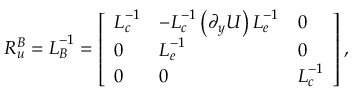
\boldsymbol { R _ { u } ^ { B } } = \boldsymbol { L } _ { \boldsymbol { B } } ^ { - 1 } = \left[ \begin{array} { l l l } { \boldsymbol { L } _ { \boldsymbol { c } } ^ { - 1 } } & { - \boldsymbol { L } _ { \boldsymbol { c } } ^ { - 1 } \left( \boldsymbol { \partial _ { y } U } \right) \boldsymbol { L } _ { \boldsymbol { e } } ^ { - 1 } } & { \boldsymbol { 0 } } \\ { \boldsymbol { 0 } } & { \boldsymbol { L } _ { \boldsymbol { e } } ^ { - 1 } } & { \boldsymbol { 0 } } \\ { \boldsymbol { 0 } } & { \boldsymbol { 0 } } & { \boldsymbol { L } _ { \boldsymbol { c } } ^ { - 1 } } \end{array} \right] ,